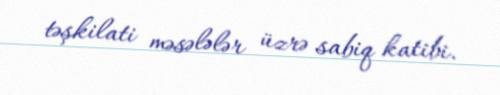
təşkilati məsələlər üzrə sabiq katibi.